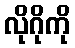
လိုဂိုကို